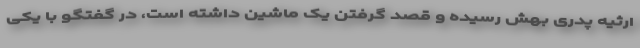
ارثیه پدری بهش رسیده و قصد گرفتن یک ماشین داشته است، در گفتگو با یکی